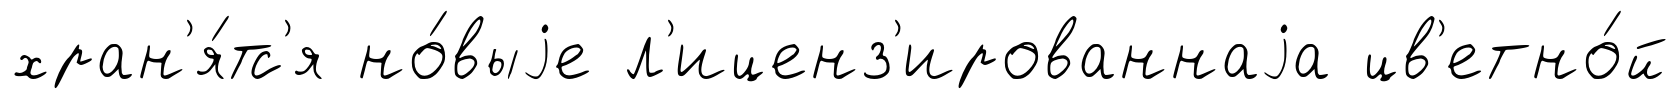
хран'я́тс'я но́выjе л'иценз'ированнаjа цв'етно́й